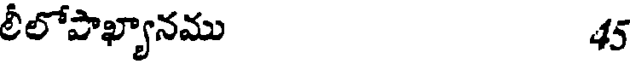
లీలోపాఖ్యానము 45